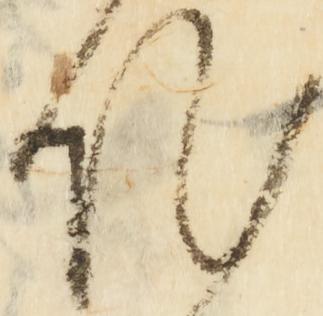
作